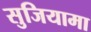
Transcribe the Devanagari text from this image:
सुजियामा